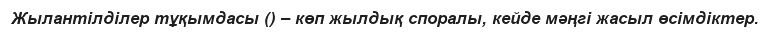
Жылантілділер тұқымдасы () – көп жылдық споралы, кейде мәңгі жасыл өсімдіктер.